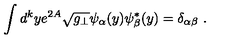
\int d ^ { k } y e ^ { 2 A } \sqrt { g _ { \perp } } \psi _ { \alpha } ( y ) \psi _ { \beta } ^ { * } ( y ) = \delta _ { \alpha \beta } \ .